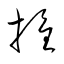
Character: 旌